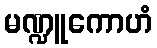
မဏ္ဍူကောဟံ